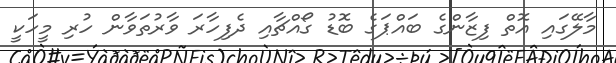
މާލޭގައި އޮތް ފިޒާންގެ ބައްޕަގެ ބޮޑު ގޯއްޗާއި ދެފިހާރަ ވާރުތަވާން ހުރި މީހަކީ